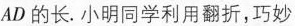
AD的长。小明同学利用翻折，巧妙